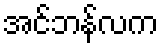
အင်ဘန်လက